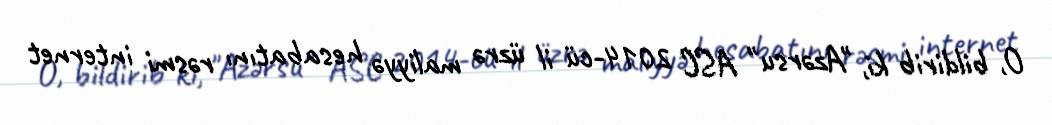
O, bildirib ki, "Azərsu" ASC 2014-cü il üzrə maliyyə hesabatını rəsmi internet